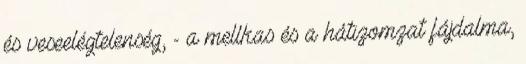
és veseelégtelenség, - a mellkas és a hátizomzat fájdalma,